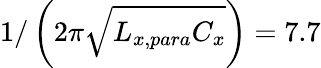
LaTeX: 1/\left(2\pi\sqrt{L_{x,para}C_{x}}\right)=7.7